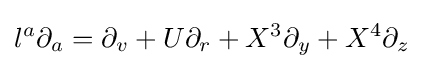
l^{a}\partial _{a}=\partial _{v}+U\partial _{r}+X^{3}\partial _{y}+X^{4}\partial _{z}